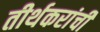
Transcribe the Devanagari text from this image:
तीर्थकरांची